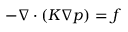
- \nabla \cdot ( K \nabla p ) = f